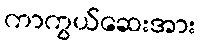
ကာကွယ်ဆေးအား